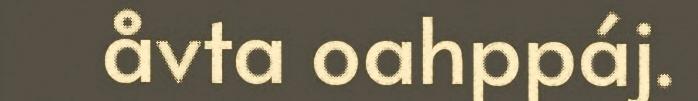
åvta oahppáj.